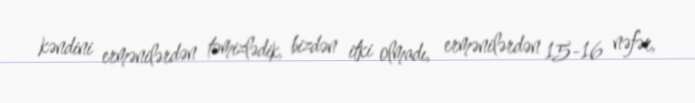
kəndini ermənilərdən təmizlədik, bizdən itki olmadı, ermənilərdən 15-16 nəfər,